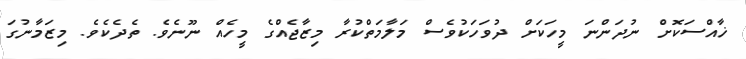
ޚާއްސަކޮށް ނުދަންނަ މީހަކަށް ދުވަހަކުވެސް މަލާމަތްކުރާ މިޒާޖެއްގެ މީހެއް ނޫނެވެ. ތެދެކެވެ. މިޒަމާނުގަ